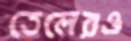
তেলেরও